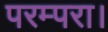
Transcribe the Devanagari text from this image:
परम्परा।